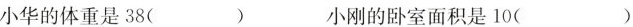
小华的体重是38( ) 小刚的卧室面积是10( )